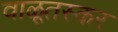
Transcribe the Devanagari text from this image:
वाळूतस्कर